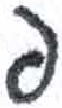
אות: פ